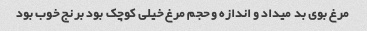
مرغ بوی بد میداد و اندازه و حجم مرغ خیلی کوچک بود برنج خوب بود